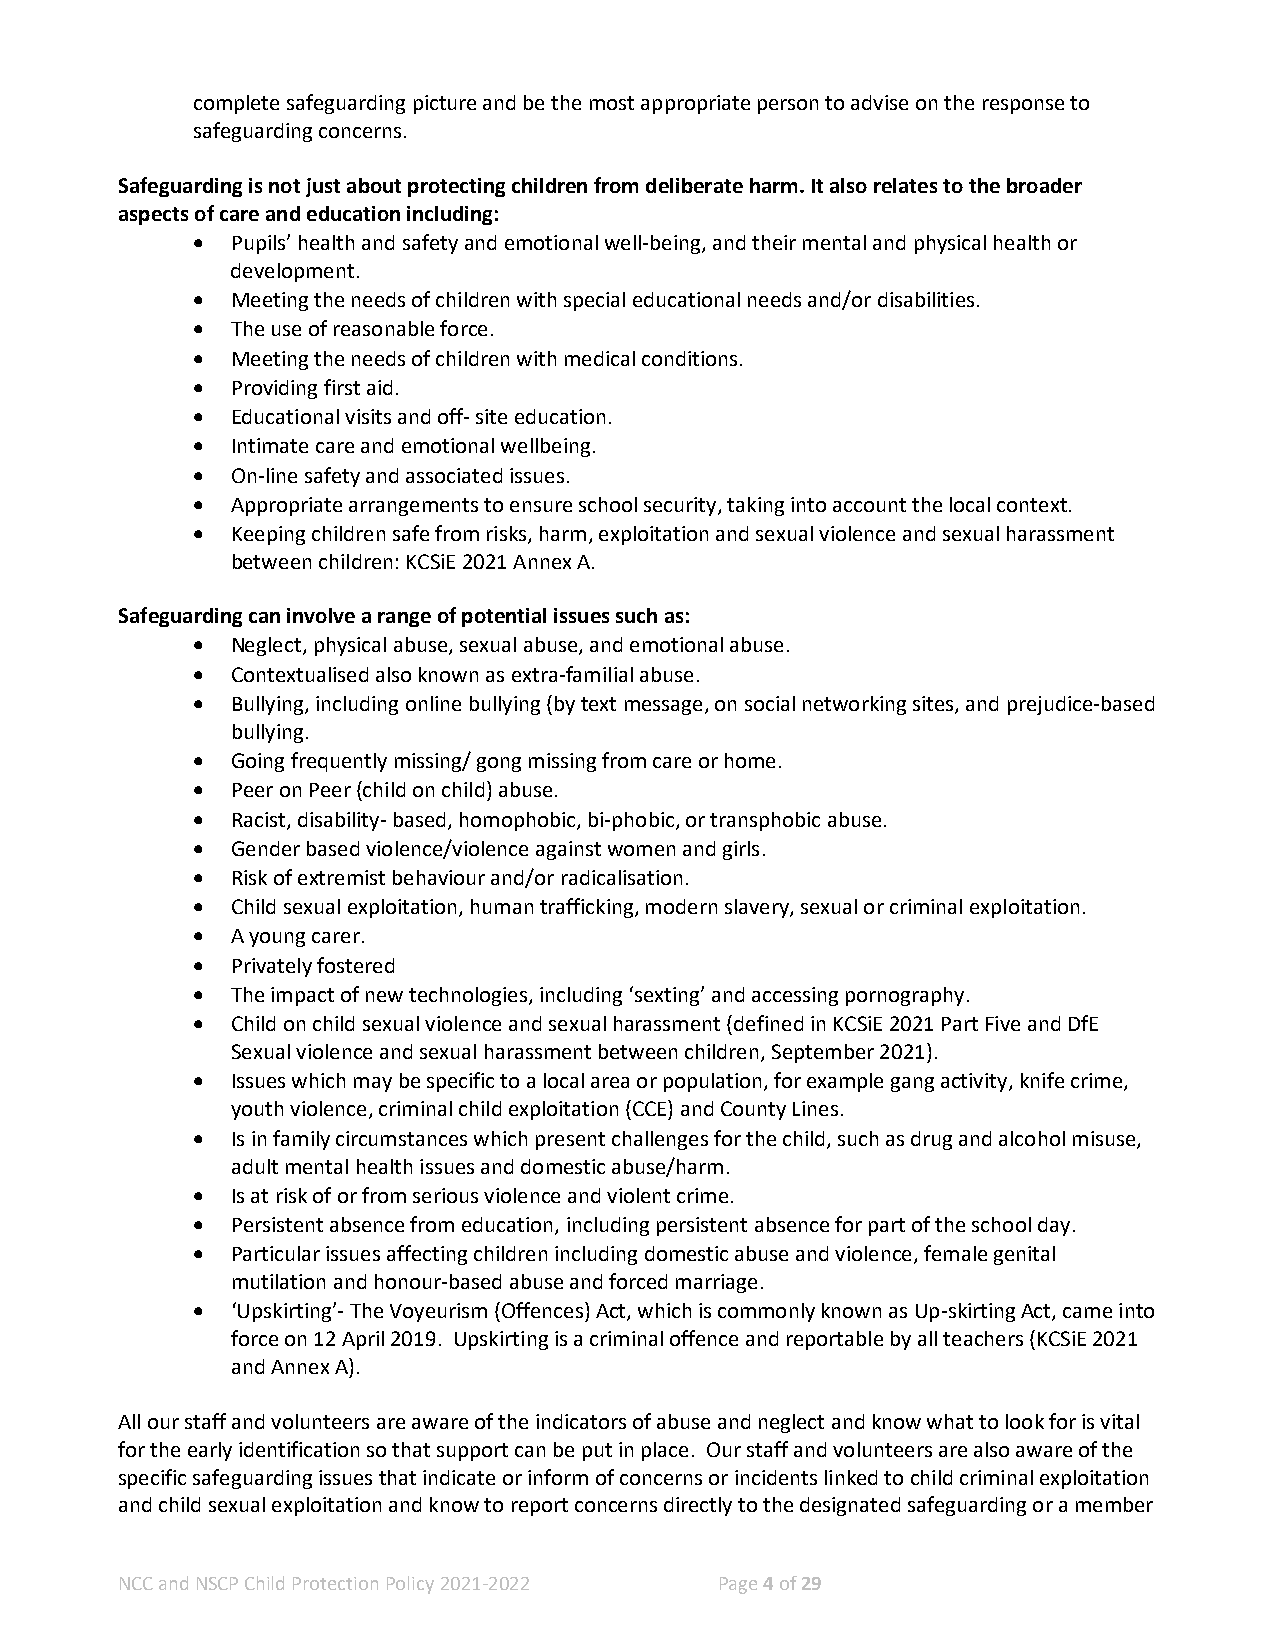
complete safeguarding picture and be the most appropriate person to advise on the response to
 safeguarding concerns.
 Safeguarding is not just about protecting children from deliberate harm. It also relates to the broader
 aspects of care and education including:
 • Pupils’ health and safety and emotional well-being, and their mental and physical health or
 development.
 • Meeting the needs of children with special educational needs and/or disabilities.
 • The use of reasonable force.
 • Meeting the needs of children with medical conditions.
 • Providing first aid.
 • Educational visits and off- site education.
 • Intimate care and emotional wellbeing.
 • On-line safety and associated issues.
 • Appropriate arrangements to ensure school security, taking into account the local context.
 • Keeping children safe from risks, harm, exploitation and sexual violence and sexual harassment
 between children: KCSiE 2021 Annex A.
 Safeguarding can involve a range of potential issues such as:
 • Neglect, physical abuse, sexual abuse, and emotional abuse.
 • Contextualised also known as extra-familial abuse.
 • Bullying, including online bullying (by text message, on social networking sites, and prejudice-based
 bullying.
 • Going frequently missing/ gong missing from care or home.
 • Peer on Peer (child on child) abuse.
 • Racist, disability- based, homophobic, bi-phobic, or transphobic abuse.
 • Gender based violence/violence against women and girls.
 • Risk of extremist behaviour and/or radicalisation.
 • Child sexual exploitation, human trafficking, modern slavery, sexual or criminal exploitation.
 • A young carer.
 • Privately fostered
 • The impact of new technologies, including ‘sexting’ and accessing pornography.
 • Child on child sexual violence and sexual harassment (defined in KCSiE 2021 Part Five and DfE
 Sexual violence and sexual harassment between children, September 2021).
 • Issues which may be specific to a local area or population, for example gang activity, knife crime,
 youth violence, criminal child exploitation (CCE) and County Lines.
 • Is in family circumstances which present challenges for the child, such as drug and alcohol misuse,
 adult mental health issues and domestic abuse/harm.
 • Is at risk of or from serious violence and violent crime.
 • Persistent absence from education, including persistent absence for part of the school day.
 • Particular issues affecting children including domestic abuse and violence, female genital
 mutilation and honour-based abuse and forced marriage.
 • ‘Upskirting’- The Voyeurism (Offences) Act, which is commonly known as Up-skirting Act, came into
 force on 12 April 2019. Upskirting is a criminal offence and reportable by all teachers (KCSiE 2021
 and Annex A).
 All our staff and volunteers are aware of the indicators of abuse and neglect and know what to look for is vital
 for the early identification so that support can be put in place. Our staff and volunteers are also aware of the
 specific safeguarding issues that indicate or inform of concerns or incidents linked to child criminal exploitation
 and child sexual exploitation and know to report concerns directly to the designated safeguarding or a member
 NCC and NSCP Child Protection Policy 2021-2022 Page 4 of 29